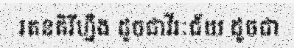
រតនគិរីហ្នឹង ដូចជាវីរៈជ័យ ដូចជា